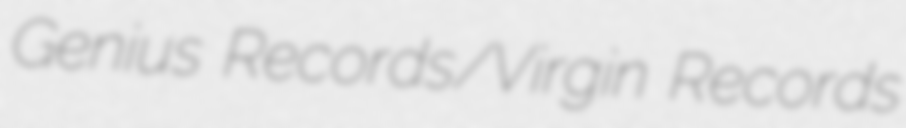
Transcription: Genius Records/Virgin Records